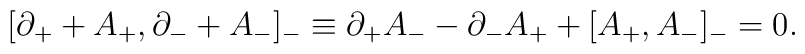
[\partial _+ + A_+, \partial _- + A_-]_- \equiv \partial _+A_--\partial _-A_++[A_+, A_-]_-=0.